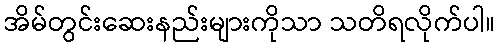
အိမ်တွင်းဆေးနည်းများကိုသာ သတိရလိုက်ပါ။